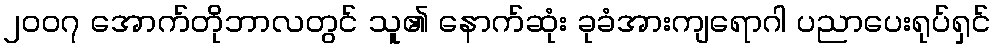
၂၀၀၇ အောက်တိုဘာလတွင် သူ၏ နောက်ဆုံး ခုခံအားကျရောဂါ ပညာပေးရုပ်ရှင်